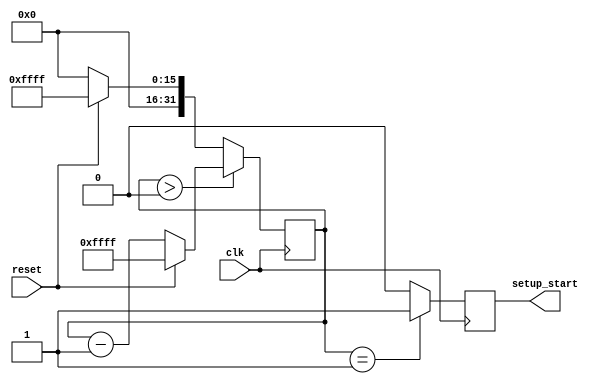
`timescale 1ns / 1ps
//////////////////////////////////////////////////////////////////////////////////
// Company: 
// Engineer: 
// 
// Design Name: 
// Module Name:    setup_timer 
// Project Name: 
// Target Devices: 
// Tool versions: 
// Description: 
//
// Dependencies: 
//
// Revision: 
// Revision 0.01 - File Created
// Additional Comments: 
//
//////////////////////////////////////////////////////////////////////////////////
module setup_timer(
	input wire clk,
	input wire reset,
	output reg setup_start
    );
	 
	 //generate one cycle setup pulse long after reset
	 reg [31:0] setup_delay = 32'hFFFF;
	 
	 always@(posedge clk)
	 begin
	 
	 setup_start <= (setup_delay == 1) ? 1 : 0;
	 
	 if (setup_delay > 0)
	 begin
	 setup_delay <= reset ? 32'hFFFF : setup_delay-1;
	 end
	 else 
	 begin
	 setup_delay <= reset ? 32'hFFFF : 0;
	 end 
	 
	 end


endmodule